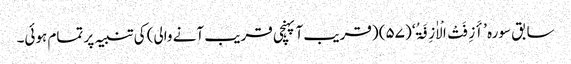
سابق سورہ ’أَزِفَتْ الْاٰزِفَۃُ‘ (۵۷) (قریب آ پہنچی قریب آنے والی) کی تنبیہ پر تمام ہوئی۔